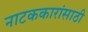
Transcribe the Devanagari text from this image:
नाटककारांसाठी